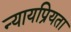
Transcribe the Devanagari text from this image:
न्‍यायप्रियता